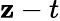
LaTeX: \mathbf{z}-t